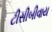
ટીસીબીવાય